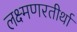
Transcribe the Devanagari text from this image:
लक्ष्मणरतीर्था